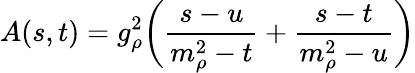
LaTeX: A(s,t)=g_{\rho}^{2}\biggl({\frac{s-u}{m_{\rho}^{2}-t}}+{\frac{s-t}{m_{\rho}^{2}-u}}\biggr)